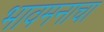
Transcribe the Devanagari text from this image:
भावमनाचा